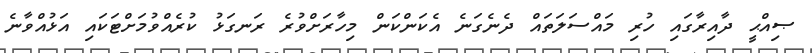
ޞިއްޙީ ދާއިރާގައި ހުރި މައްސަލަތައް ދެނެގަނެ އެކަންކަން މިހާރަށްވުރެ ރަނގަޅު ކުރެއްވުމަށްޓަކައި އަޅުއްވާނެ